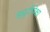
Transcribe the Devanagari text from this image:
ड्युटीपेक्षा